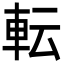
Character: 転